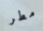
مطر